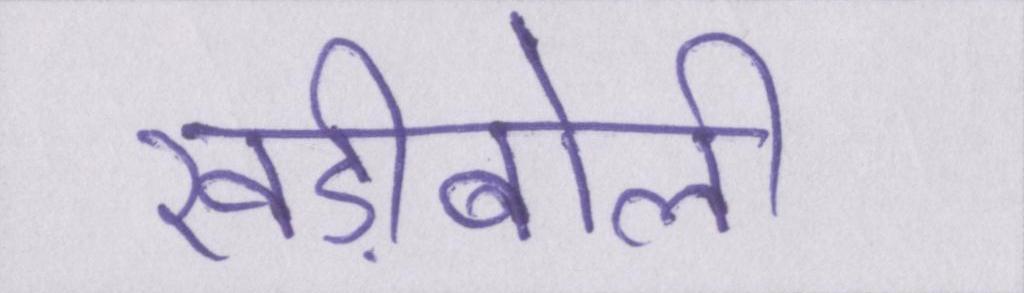
खड़ीबोली